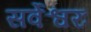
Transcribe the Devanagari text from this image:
सर्वेश्वरः